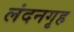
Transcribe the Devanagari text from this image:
लंदनगृह